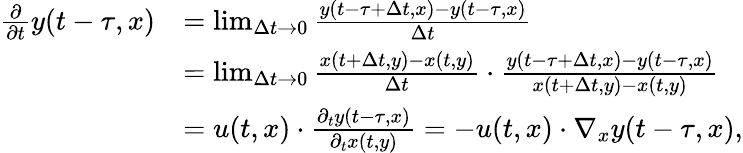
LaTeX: \begin{array}{rl}{\frac{\partial}{\partial t}y(t-\tau,x)}&{=\operatorname*{lim}_{\Delta t\rightarrow 0}\frac{y(t-\tau+\Delta t,x)-y(t-\tau,x)}{\Delta t}}\\ &{=\operatorname*{lim}_{\Delta t\rightarrow 0}\frac{x(t+\Delta t,y)-x(t,y)}{\Delta t}\cdot\frac{y(t-\tau+\Delta t,x)-y(t-\tau,x)}{x(t+\Delta t,y)-x(t,y)}}\\ &{=u(t,x)\cdot\frac{\partial_{t}y(t-\tau,x)}{\partial_{t}x(t,y)}=-u(t,x)\cdot\nabla_{x}y(t-\tau,x),}\end{array}